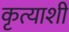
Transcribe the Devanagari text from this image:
कृत्याशी